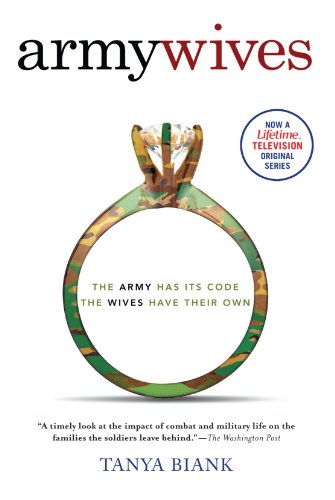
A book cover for Army Wives: The Unwritten Code of Military Marriage; Tanya Biank; Parenting & Relationships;